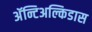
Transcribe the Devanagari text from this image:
अॅन्टिअल्किडास